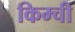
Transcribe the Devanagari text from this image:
किम्ची